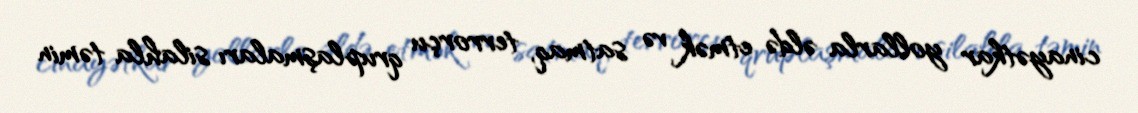
cinayətkar yollarla əldə etmək və satmaq, terrorçu qruplaşmaları silahla təmin